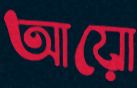
আয়ো